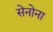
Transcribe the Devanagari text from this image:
सेनोना